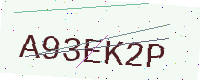
Text: A93EK2P